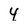
Character: 4